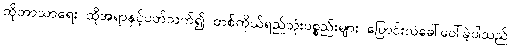
ထိုဘာသာရေး ထိုအရာနှင့်ပတ်သက်၍ တစ်ကိုယ်ရည်သုံးပစ္စည်းများ ပြောင်းလဲခေါ်ဝေါ်ခဲ့ပါသည်